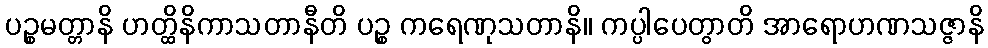
ပဉ္စမတ္တာနိ ဟတ္ထိနိကာသတာနီတိ ပဉ္စ ကရေဏုသတာနိ။ ကပ္ပါပေတွာတိ အာရောဟဏသဇ္ဇာနိ